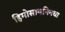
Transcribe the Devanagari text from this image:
हिमोसायनिनचा